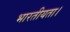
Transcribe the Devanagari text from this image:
भारतीयता।